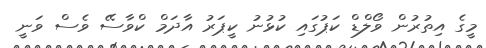
މީގެ އިތުރުން ވޯލްޑް ކަޕުގައި ކުޅުނު ކީޕަރު އާދަމް ކްވާސޭ ވެސް ވަނީ